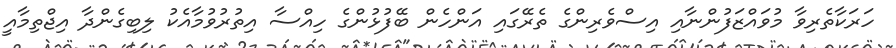
ހަރަކާތެރިވާ މުވައްޒަފުންނާއި އިސްވެރިންގެ ތެރޭގައި އަންހެން ބޭފުޅުންގެ ހިއްސާ އިތުރުވުމާއެކު ލިބިގެންދާ އިޖްތިމާއީ